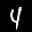
Label: 4